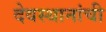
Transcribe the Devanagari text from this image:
देवस्थानांची